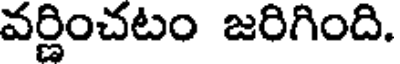
వర్ణించటం జరిగింది.